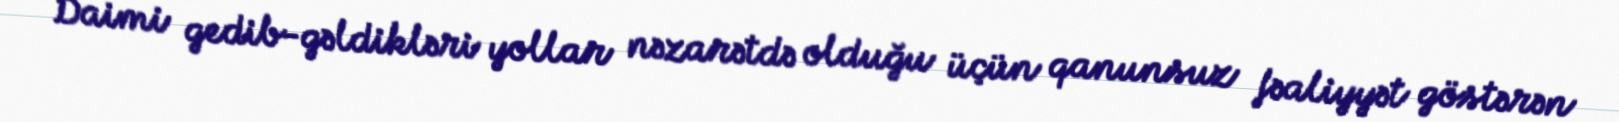
Daimi gedib-gəldikləri yollar nəzarətdə olduğu üçün qanunsuz fəaliyyət göstərən